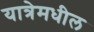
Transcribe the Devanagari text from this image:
यात्रेमधील